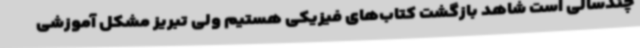
چندسالی است شاهد بازگشت کتاب‌های فیزیکی هستیم ولی تبریز مشکل آموزشی